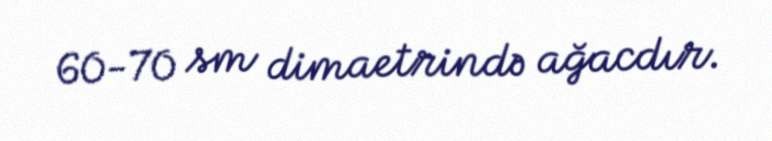
60-70 sm dimaetrində ağacdır.